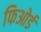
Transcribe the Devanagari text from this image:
फिओर्ड